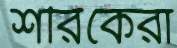
শরিকেরা